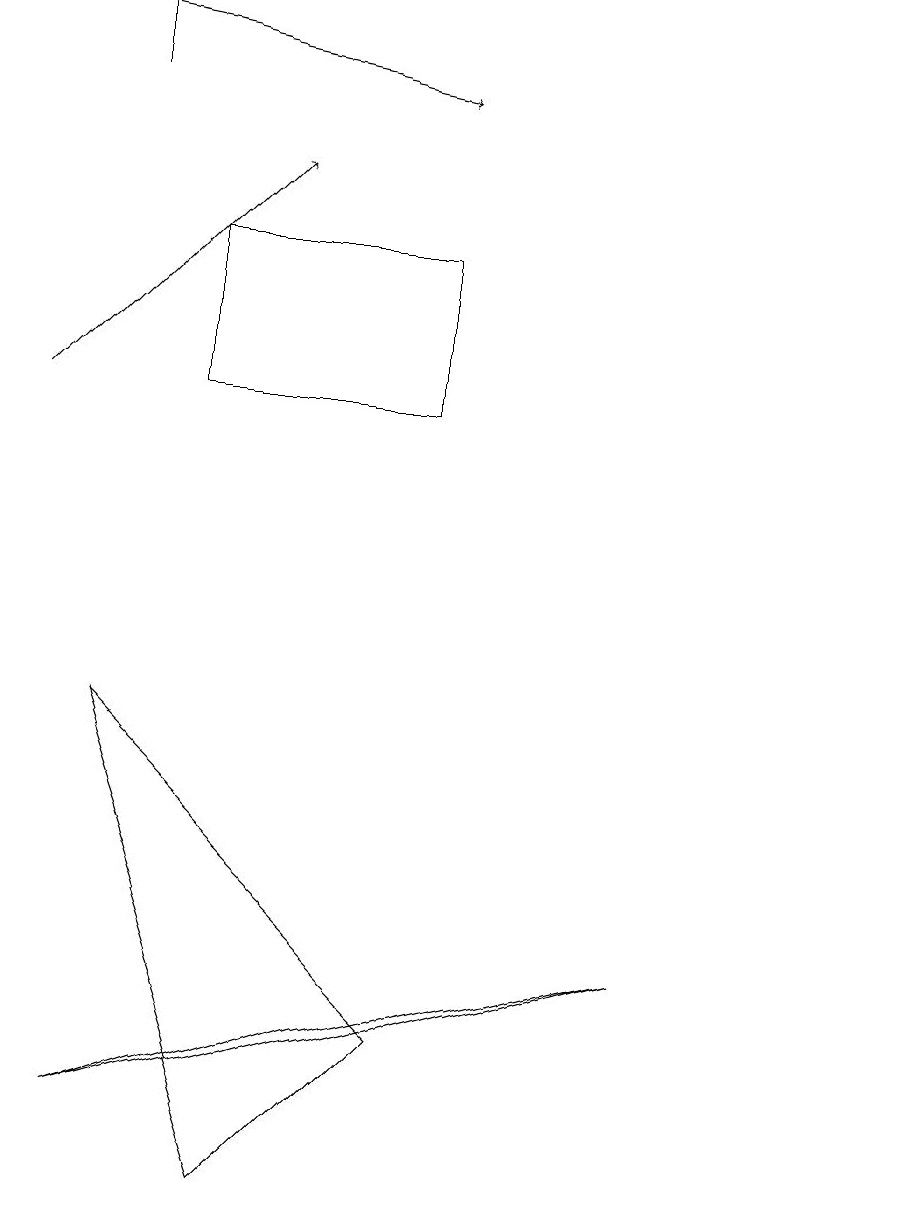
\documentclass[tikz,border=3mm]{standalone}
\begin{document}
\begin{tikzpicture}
\draw (10,11) circle (0);
\draw[->] (0,17) -- (5,16);
\draw (11,11) circle (0);
\draw (5,4) -- (3,2) -- (1,8) -- cycle;
\draw[->] (0,12) -- (3,15);
\draw (1,3) -- (8,5) -- (4,4) -- cycle;
\draw (5,14) rectangle (2,12);
\draw (1,17) rectangle (1,16);
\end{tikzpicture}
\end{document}